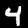
Digit: 4